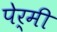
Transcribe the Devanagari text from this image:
पेर्मी